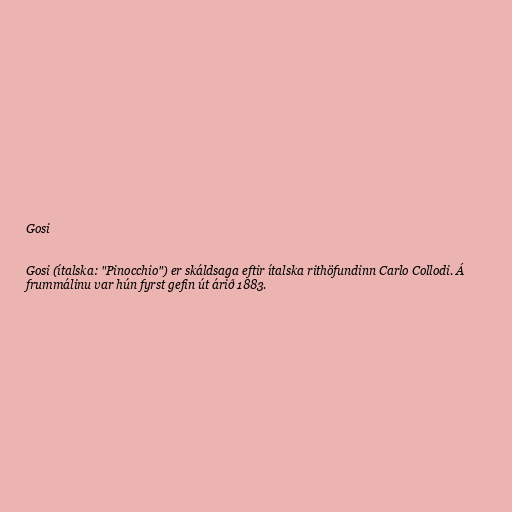
Gosi

Gosi (ítalska: "Pinocchio") er skáldsaga eftir ítalska rithöfundinn Carlo Collodi. Á
frummálinu var hún fyrst gefin út árið 1883.